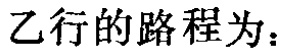
乙行的路程为：